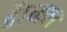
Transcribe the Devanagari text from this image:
है।मल